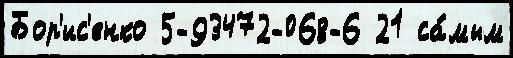
Бор'ис'енко 5-93472-068-6 21 са́мым